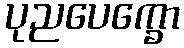
ပုညပေက္ခော